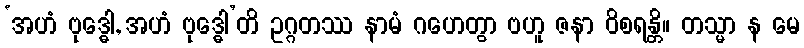
‘အဟံ ဗုဒ္ဓေါ, အဟံ ဗုဒ္ဓေါ’တိ ဥဂ္ဂတဿ နာမံ ဂဟေတွာ ဗဟူ ဇနာ ဝိစရန္တိ။ တသ္မာ န မေ